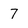
Character: 7